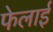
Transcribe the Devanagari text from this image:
फेलाई